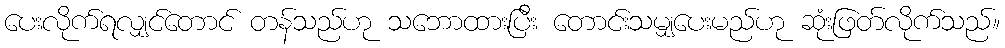
ပေးလိုက်ရလျှင်တောင် တန်သည်ဟု သဘောထားပြီး တောင်းသမျှပေးမည်ဟု ဆုံးဖြတ်လိုက်သည်။